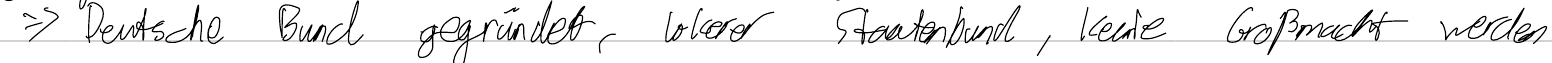
=> Deutsche Bund gegründet, lockerer Staatenbund, keine Großmacht werden